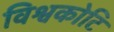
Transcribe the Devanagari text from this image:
विश्वकोटि